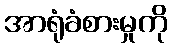
အာရုံခံစားမှုကို